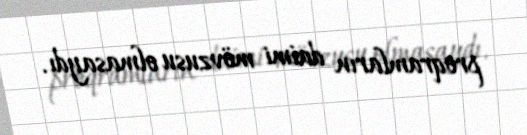
proqramların daimi mövzusu olmasaydı.